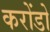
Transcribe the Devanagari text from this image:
करोंडो